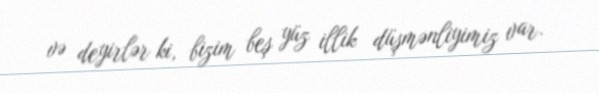
və deyirlər ki, bizim beş yüz illik düşmənliyimiz var.